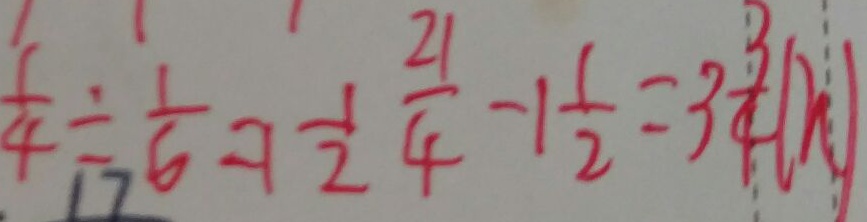
\frac { 1 } { 4 } \div \frac { 1 } { 6 } = 1 \frac { 1 } { 2 } \frac { 2 1 } { 4 } - 1 \frac { 1 } { 2 } = 3 \frac { 3 } { 4 } ( h )